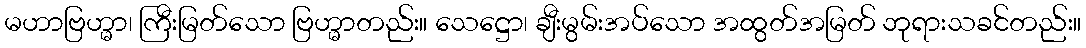
မဟာဗြဟ္မာ၊ ကြီးမြတ်သော ဗြဟ္မာတည်း။ သေဋ္ဌော၊ ချီးမွမ်းအပ်သော အထွတ်အမြတ် ဘုရားသခင်တည်း။